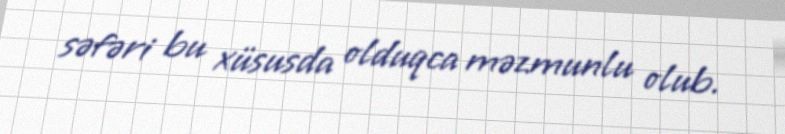
səfəri bu xüsusda olduqca məzmunlu olub.